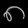
Digit: ၈